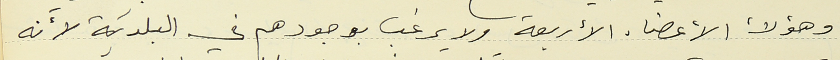
وهؤلأ الأعضاء الأربعة ولا يرغب بوجودهم في البلدية لأنه